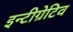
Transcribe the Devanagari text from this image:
इन्टीग्रेटिव